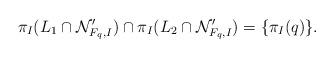
LaTeX: \begin{align*} \pi_I(L_1 \cap {\mathcal N}'_{F_q,I}) \cap \pi_I(L_2 \cap {\mathcal N}'_{F_q,I}) = \{\pi_I(q)\}.\end{align*}